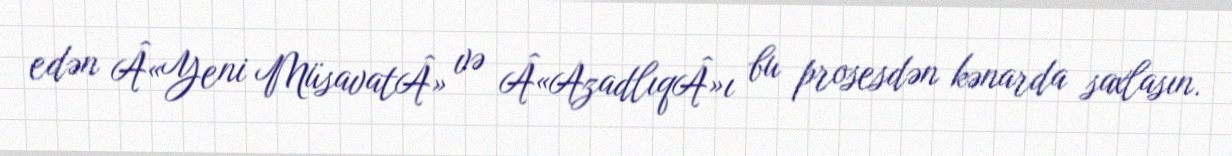
edən Â«Yeni MüsavatÂ» və Â«AzadlıqÂ»ı bu prosesdən kənarda saxlasın.